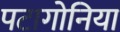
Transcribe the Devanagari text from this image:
पटागोनिया